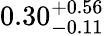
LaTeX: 0.30_{-0.11}^{+0.56}